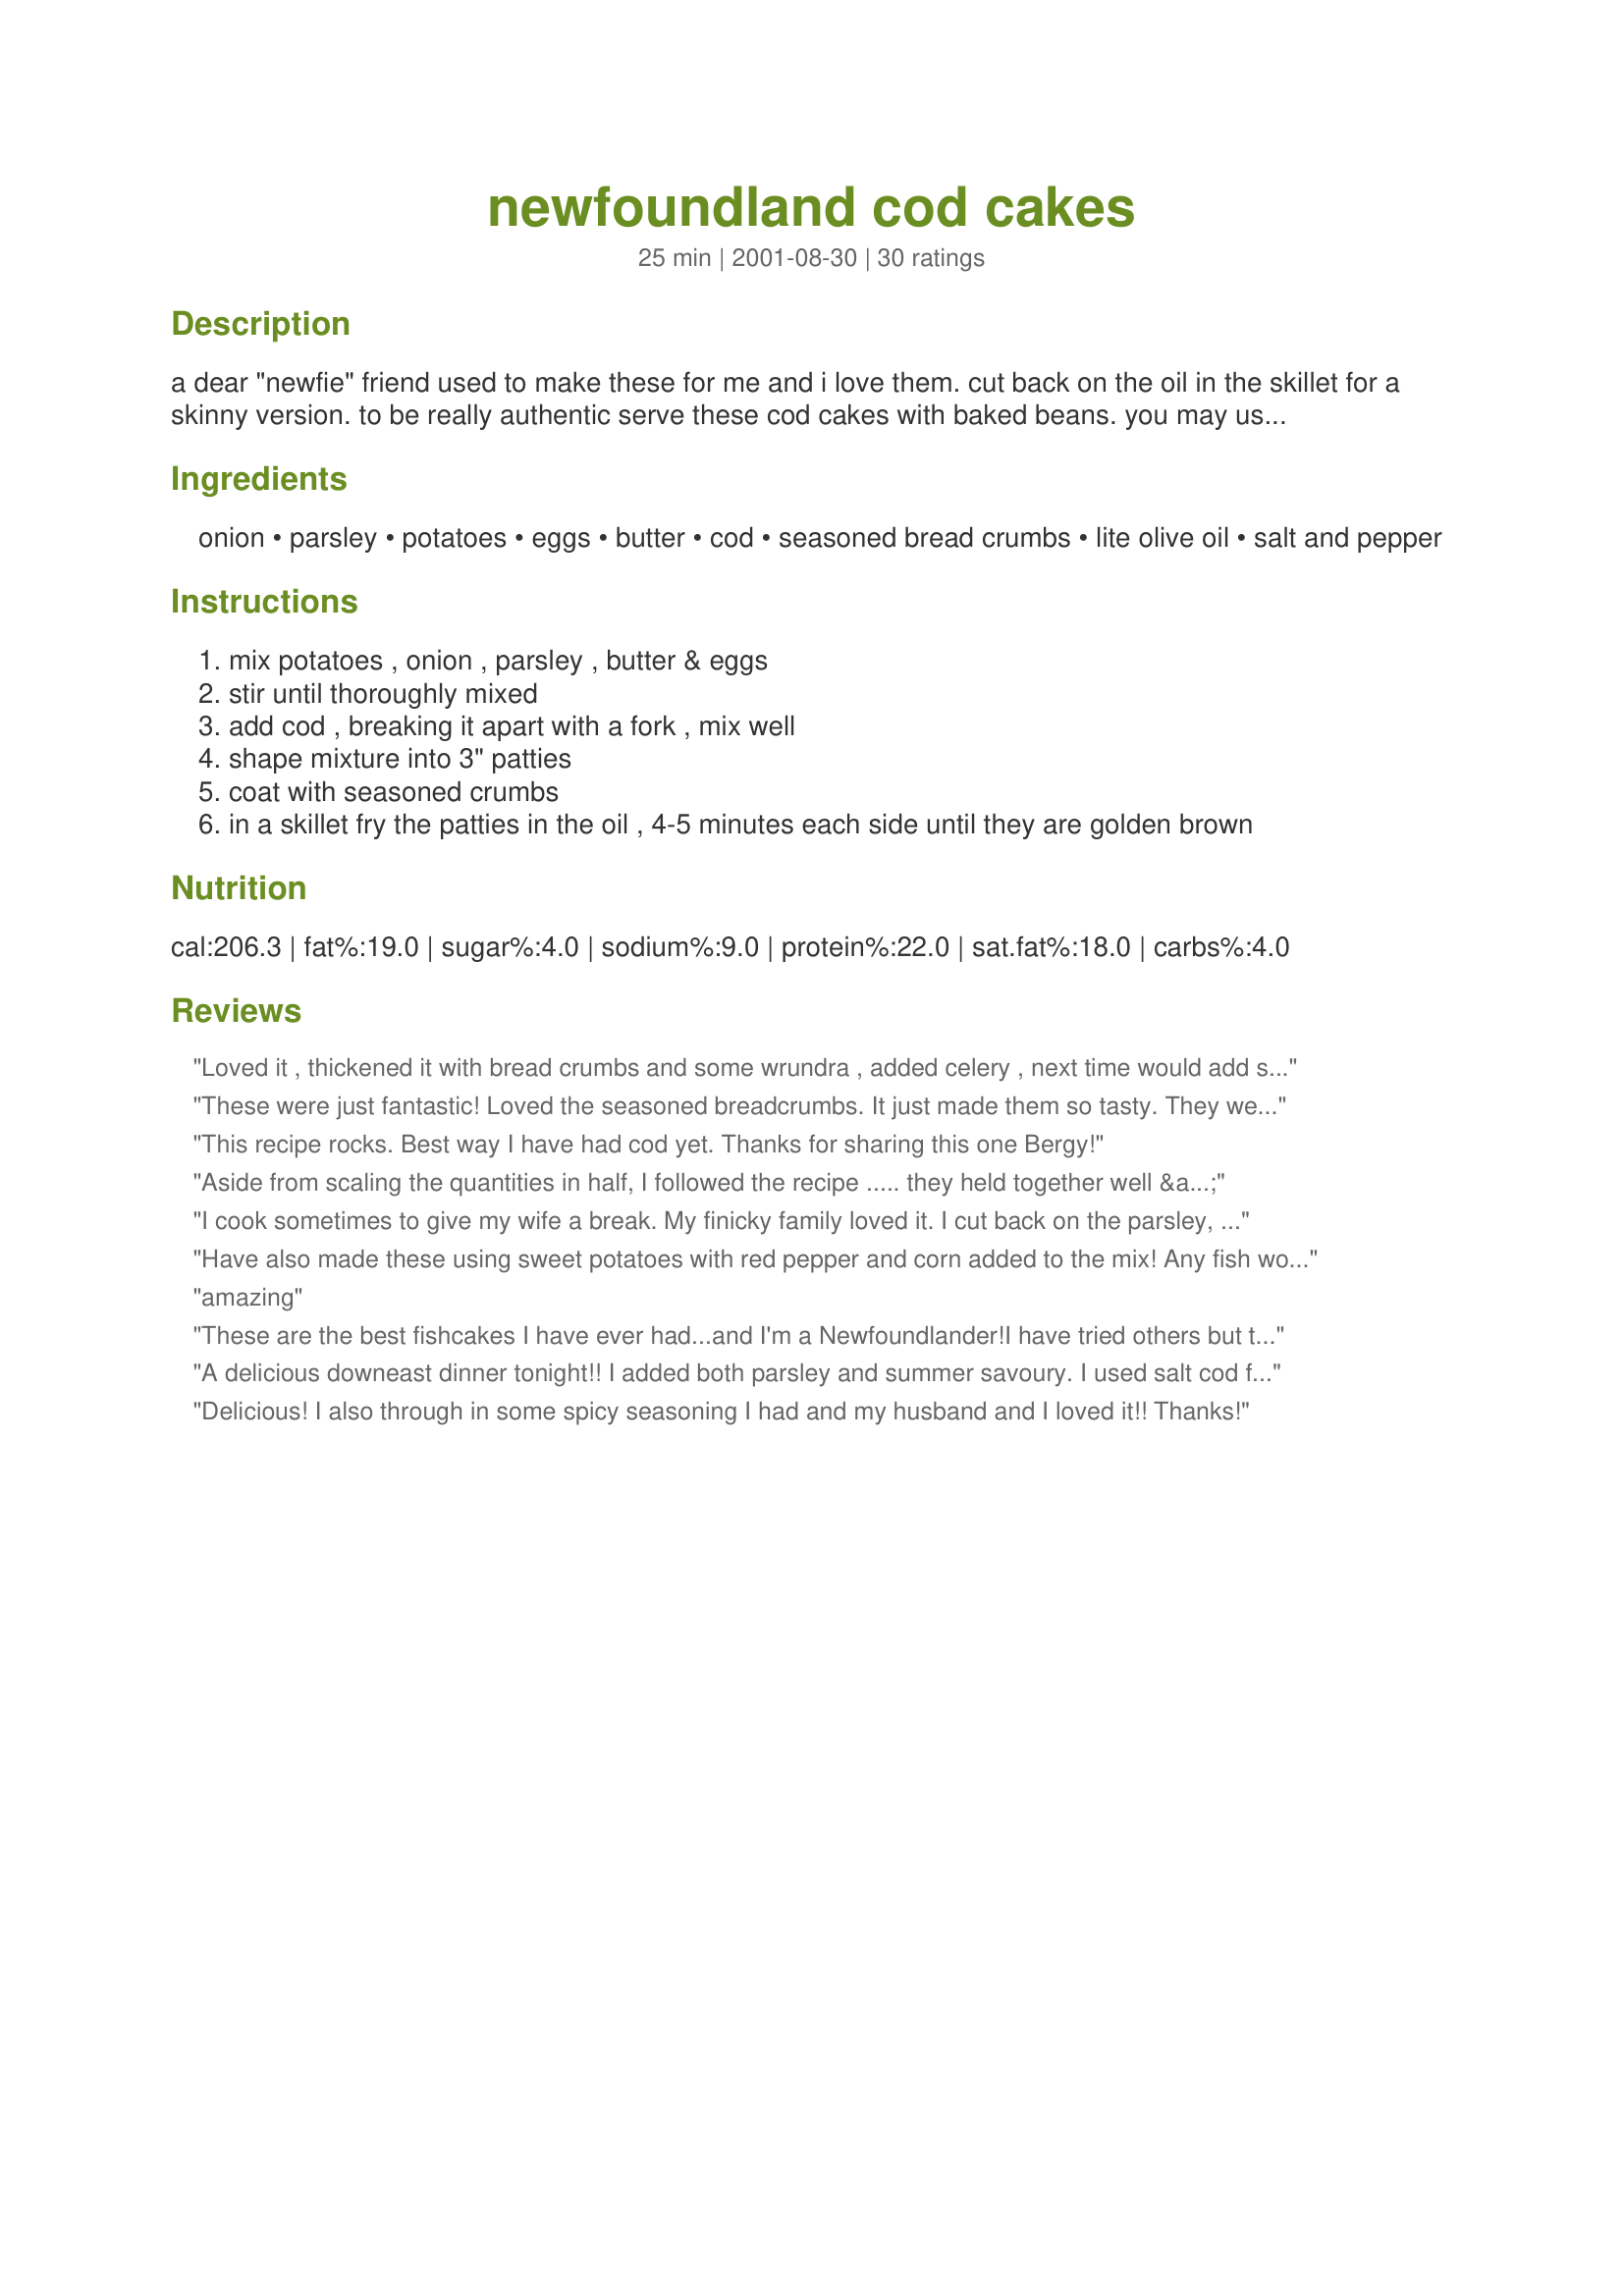
newfoundland cod cakes
Preparation time: 25 minutes

a dear "newfie" friend used to make these for me and i love them. cut back on the oil in the skillet for a skinny version. to be really authentic serve these cod cakes with baked beans. you may use left over mashed potatoes but they will produce a softer pattie. just boil your potatoes and mash them with nothing added.

Ingredients:
onion, parsley, potatoes, eggs, butter, cod, seasoned bread crumbs, lite olive oil, salt and pepper

Steps:
mix potatoes , onion , parsley , butter & eggs
stir until thoroughly mixed
add cod , breaking it apart with a fork , mix well
shape mixture into 3" patties
coat with seasoned crumbs
in a skillet fry the patties in the oil , 4-5 minutes each side until they are golden brown

Reviews:
Loved it , thickened it with bread crumbs and some wrundra , added celery , next time would add spices to our liking.
These were just fantastic! Loved the seasoned breadcrumbs. It just made them so tasty. They were so nice and crispy. Will be making these from now on. Thanks for posting such a lovely recipe.
This recipe rocks. Best way I have had cod yet. Thanks for sharing this one Bergy!
Aside from scaling the quantities in half, I followed the recipe ..... they held together well & tasted delicious! My bread crumbs were plain old, plain old - so I added some Mrs. Dash for flavour. Using an ice cream scoop for uniformity in size, I got 6 cakes - topped with some Tartar sauce & served with fries. Thanx for another good one Bergy!
I cook sometimes to give my wife a break. My finicky family loved it. I cut back on the parsley, added celery, used plain crumbs but added creole seasoning. Served with baked beans, cole slaw, &amp; baguette of bread. I was asked to make it again. That&#039;s the highest compliment.
Have also made these using sweet potatoes with red pepper and corn added to the mix! Any fish works great including Salmon. The girlfriend enjoys here with imitation crab. We have about 20lbs of bluegill in our freezer and this recipe is perfect for using some up.
amazing
These are the best fishcakes I have ever had...and I'm a Newfoundlander!I have tried others but these by far have the nicest taste.I think the parsley is the key ingredient.I also added savoury which is a locally grown dried herb.Very,very good!
A delicious downeast dinner tonight!! I added both parsley and summer savoury. I used salt cod fish which I soaked overnight to remove some of the salt and simmered the fish until tender, then followed the recipe as written. I added some freshly ground pepper, did not add any salt. Served with baked beans, hmmmmm, hmmmmm good!
Delicious! I also through in some spicy seasoning I had and my husband and I loved it!! Thanks!
I'm impressed with the crisp coating and how they fry up without sticking--even when using minimal oil for the "skinny" version. This recipe has a perfect balance among the ingredients. Quick, easy, and very tasty.
Soooo good! Really. Trying to stay away from meat and tired of just fish fillets. Would be awesome with any white fish, but I used Cod. Followed the reipe exactly. Added tartar sauce. YUMMY! Thanks Hates2cook!
These were very good. Served them as "fishburgers" on kaiser rolls with tartar sauce and lettuce. Had cole slaw and onion rings on the side. Made a GREAT meal! Thanks, Bergy!
salt cod cakes are great. if you can get Newfoundland savory they are even better than with parsley.
I followed directions but used a heavy coating of olive oil cooking spray in my skillet instead of regular olive oil, and instead of using regular eggs I used Egg Beaters™. I did this to lower the fat content down even more. Served with baked beans and Cole slaw made this a very satisfying meal. Thanks bergy.
Easy to make and very tasty. Only change I made was that I used instant mashed potatoes--just rehydrated them (didn't add milk or butter). They still came out great! Whole family loved them. Thanks, Bergy!
Great Recipe. Both my husband and 2 year old loved these.
I was uncertain about the mashed potatos, whether to add my usual milk, butter, etc., so I made them the way I always do. I wonder if I should have just mashed them and left out the milk, etc. because the cakes were very soggy. It was all I could do to get them into the pan in one piece. I'm guessing I should have just smashed them and not actually made mashed potatos.

My mom used to make similar potato patties with left-over mashed potatos (hers were also pretty soft and hard to handle.)

The taste was good, but kind of bland. There was almost no fish taste here, so if you don't like fish these would be a good choice.

If I make these again, I'll add some extra seasonings (maybe cajun spice or garlic) to perk these up.

These would also benefit from some tartar sauce or similar tasty add-on.

I wonder if you coated them in crushed potato chips if that would be an improvement? Hmmmm. Maybe I'll try that next time.
I'm from Newfoundland and wanted to take cod cakes to a pot luck, and these were perfect. The only change I made was to use salt cod, soaked, which is more traditional in my family. Thanks for posting!
This is INCREDIBLE! My mother,who is not a fish fan,had to have some of this,it was sooo good!
I served it with homehade "chips" and it was perfect!
No question,this will become a regular meal in our home! Very pleased! Thanks for sharing! 8)
These cod cakes were just wonderful. I followed your recipe exactly and the cakes had a nice crisp coating. Very tender on the inside. I served with cole slaw and baked beans actually. Cheers to the Newfie's. Thanks Bergy.
Fail for me. It was a soupy mess. I suggest adding one egg and half the butter and see what that gets you. Also, don&#039;t mash the potato fully (like mashed potatoes) instead leave some chucks. I had to add bread crumbs to the mix to dry it out. In the end, it was turned out/tasted like/felt like fish mashed potatoes.
I followed all the instructions and found this to be an excellent recipe. My family of 4 all agree with this comment, which seldom happens. For the seasoned bread crumbs, I used Recipe #28421- E-Z seasoned bread crumbs. The only thing extra that I added to the breadcrumbs is 2 teaspoons of Newfoundland savoury.A recipe for my cookbook. Thanks!
Great recipe for leftover mashed potatoes! I'm on a no grain diet so I used crushed kettle salt n cracked pepper potato chips instead of bread crumbs and it was excellent and so easy! My husband ate 8 cakes in one sitting and I had to fight him off of my 2! I will definitely be making these again!
Thank you so much! I'm from NS, and having these last night was like a big blast from the past for me. Thank you for sharing!
Very good. I changed it up a bit, did half green onions and half regular onion. Also used 1 tsp of italian seasoning and 1 tsp of cajun seasoning. Didn't have any parsley and I didn't really have any bread crumbs so I coated in seasoned flour. Yummy and the kids liked it. The cakes were a little mushy before coating so I did make 1 piece of toast and grind it in the coffee grinder and added that to make them firmer (could of been short on the potatoes).
Will make again, served with some beans and rice and tarter sauce.
Oh Bergy! These wonderful little cakes are awesome. Fast and easy to put together. We only get frozen fish where we live (yuck). So I am tired of trying new recipes to help with the lack of quality. But with this recipe, it is not a problem. I did add 3 cloves of garlic, and seasoned fresh bread crumbs with Smash Seasoning(318441). It has no salt!
I made tartar sauce to go with it (56860).
Thank you for sharing this great recipe!
These were wonderfull!
Some shockin' good!
Not sure what went wrong, but these were completely tasteless...and fell apart while cooking. I followed the recipe exactly written and they still were horrible. Everyone else seems to love this recipe, but I&#039;m not happy with it at all.....yuck.
